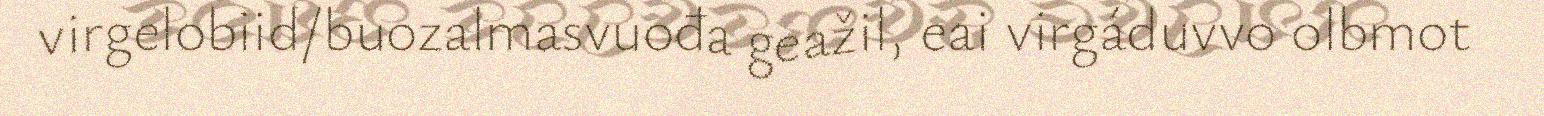
virgelobiid/buozalmasvuođa geažil, eai virgáduvvo olbmot